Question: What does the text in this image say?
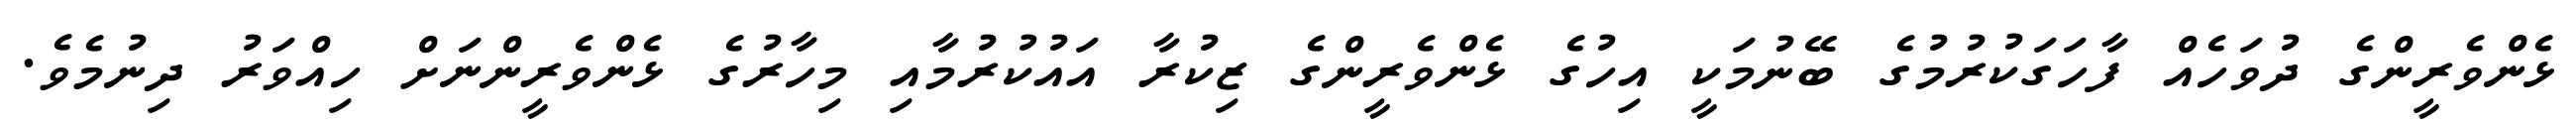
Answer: ޅެންވެރީންގެ ދުވަހެއް ފާހަގަކުރުމުގެ ބޭނުމަކީ އިހުގެ ޅެންވެރީންގެ ޒިކުރާ އައުކުރުމާއި މިހާރުގެ ޅެންވެރީންނަށް ހިއްވަރު ދިނުމެވެ.